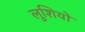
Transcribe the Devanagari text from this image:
लुशियो